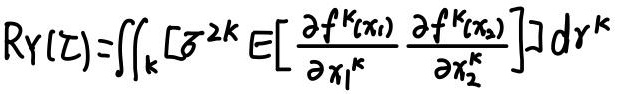
$R_Y(\zeta)=\iint_{\mathbf{k}} \left[\mathcal{E}^{2\mathbf{k}} E\left[\frac{\partial f^{\mathbf{k}}(x_1)}{\partial x_1^{\mathbf{k}}} \frac{\partial f^{\mathbf{k}}(x_2)}{\partial x_2^{\mathbf{k}}}\right]\right] d\mathbf{r}^{\mathbf{k}}$